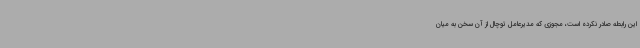
این رابطه صادر نکرده است، مجوزی که مدیرعامل توچال از آن سخن به میان